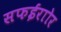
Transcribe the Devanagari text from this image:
सफईराोर